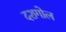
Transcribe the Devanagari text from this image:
दशगोल